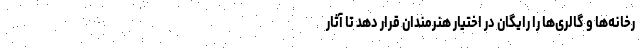
رخانه‌ها و گالری‌ها را رایگان در اختیار هنرمندان قرار دهد تا آثار